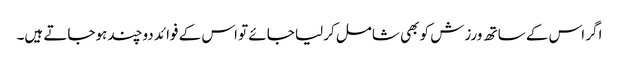
اگر اس کے ساتھ ورزش کو بھی شامل کرلیا جائے تو اس کے فوائد دوچند ہوجاتے ہیں۔